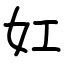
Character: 妅